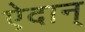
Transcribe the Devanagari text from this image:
ऐदान्